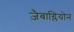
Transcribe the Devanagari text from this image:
ज़ैबाग्लियोन